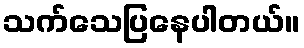
သက်သေပြနေပါတယ်။